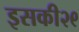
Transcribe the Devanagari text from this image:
इसकी२९